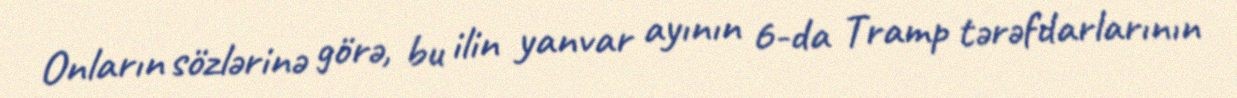
Onların sözlərinə görə, bu ilin yanvar ayının 6-da Tramp tərəfdarlarının